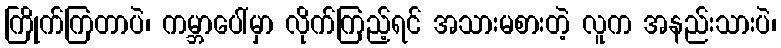
ကြိုက်ကြတာပဲ၊ ကမ္ဘာပေါ်မှာ လိုက်ကြည့်ရင် အသားမစားတဲ့ လူက အနည်းသားပဲ၊